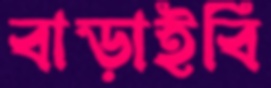
বাড়াইবি